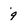
Character: q